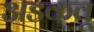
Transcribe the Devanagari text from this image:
अडकवू